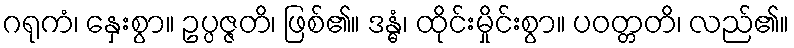
ဂရုကံ၊ နှေးစွာ။ ဥပ္ပဇ္ဇတိ၊ ဖြစ်၏။ ဒန္ဓံ၊ ထိုင်းမှိုင်းစွာ။ ပဝတ္တတိ၊ လည်၏။